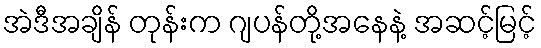
အဲဒီအချိန် တုန်းက ဂျပန်တို့အနေနဲ့ အဆင့်မြင့်